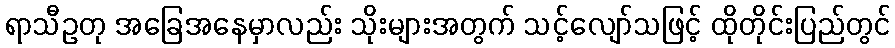
ရာသီဥတု အခြေအနေမှာလည်း သိုးများအတွက် သင့်လျော်သဖြင့် ထိုတိုင်းပြည်တွင်